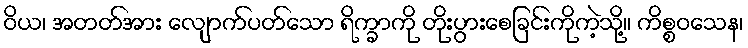
ဝိယ၊ အတတ်အား လျောက်ပတ်သော ရိက္ခာကို တိုးပွားစေခြင်းကိုကဲ့သို့။ ကိစ္စဝသေန၊